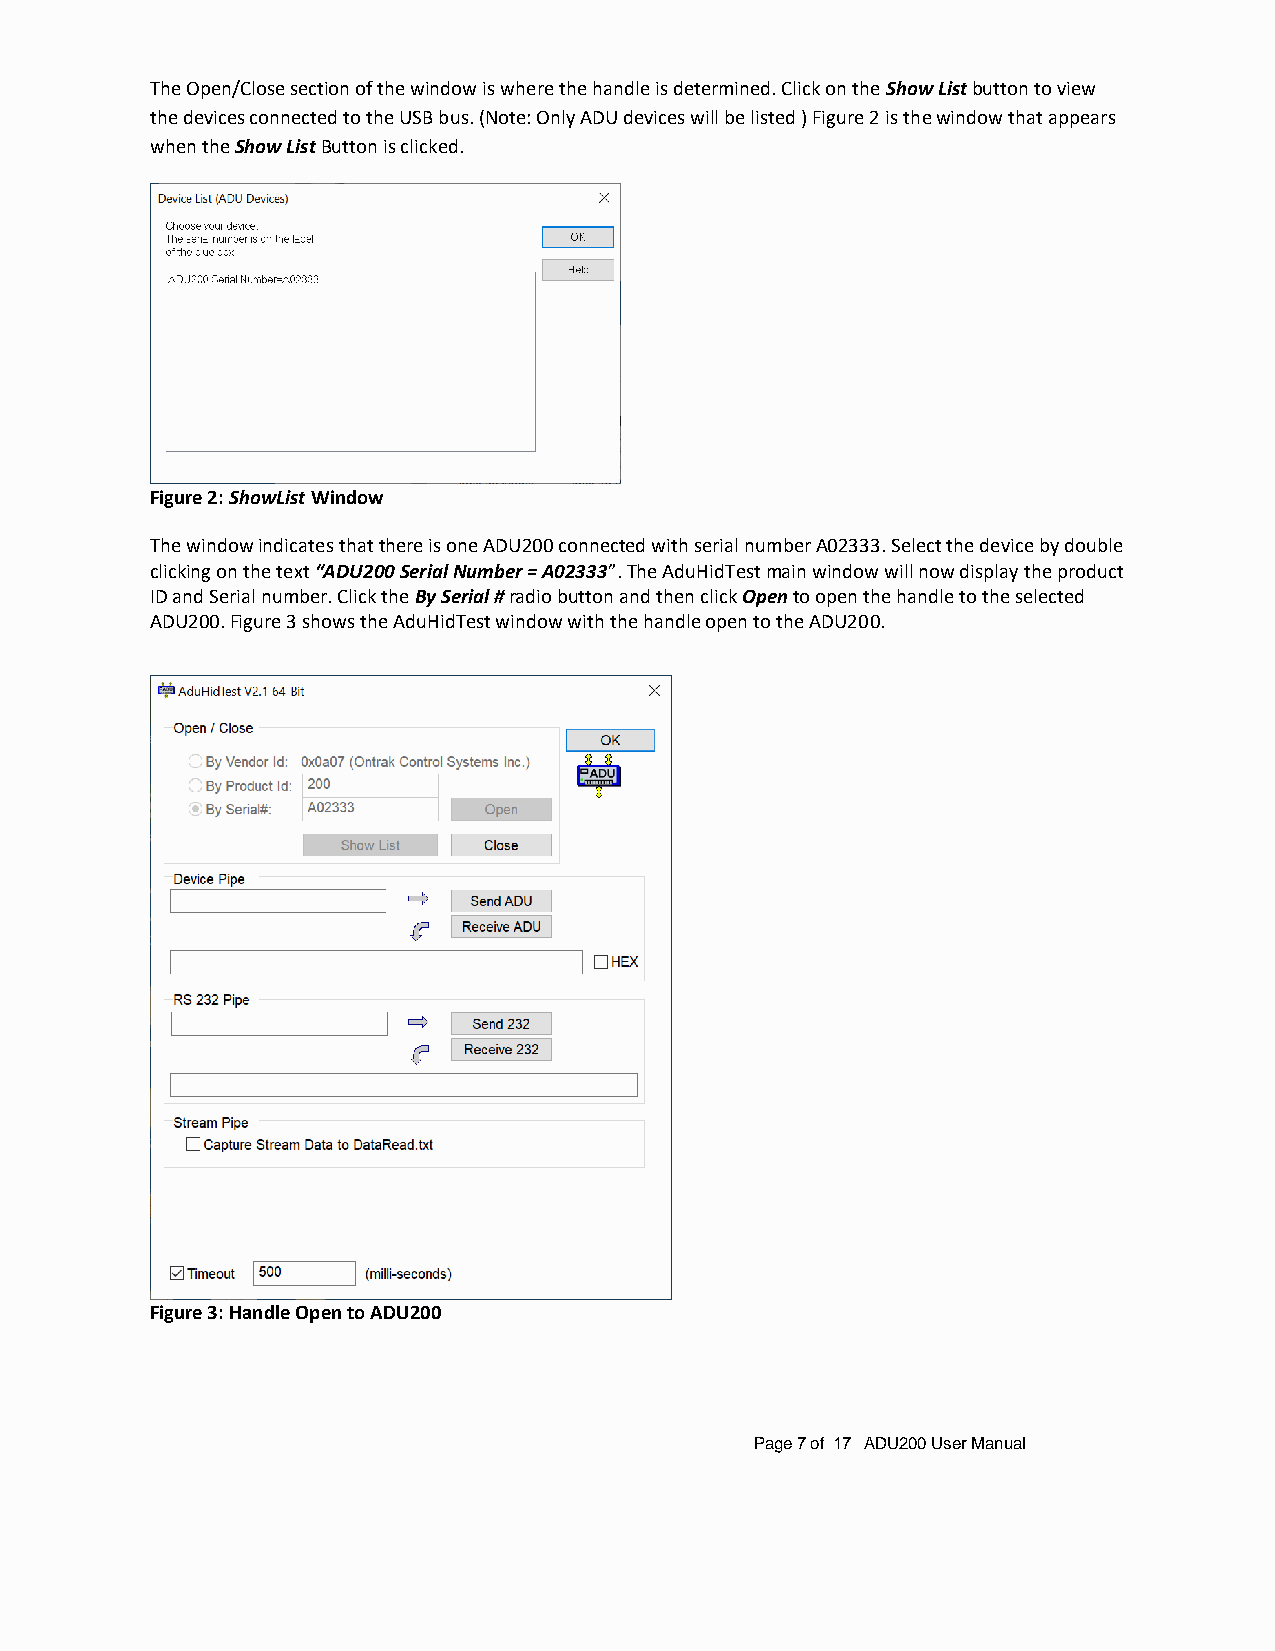
The Open/Close section of the window is where the handle is determined. Click on the Show List button to view
 the devices connected to the USB bus. (Note: Only ADU devices will be listed ) Figure 2 is the window that appears
 when the Show List Button is clicked.
 Figure 2: ShowList Window
 The window indicates that there is one ADU200 connected with serial number A02333. Select the device by double
 clicking on the text “ADU200 Serial Number = A02333”. The AduHidTest main window will now display the product
 ID and Serial number. Click the By Serial # radio button and then click Open to open the handle to the selected
 ADU200. Figure 3 shows the AduHidTest window with the handle open to the ADU200.
 Figure 3: Handle Open to ADU200
 Page 7 of 17 ADU200 User Manual